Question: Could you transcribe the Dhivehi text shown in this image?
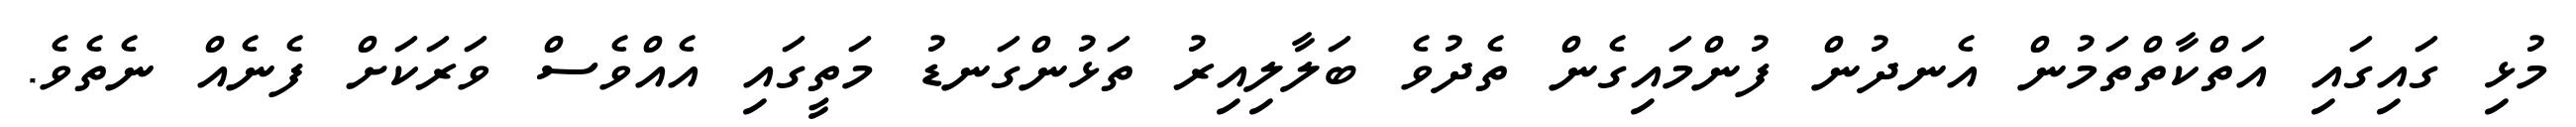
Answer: މުޅި ގައިގައި އަތްކާތްތަމުން އެނދުން ފުންމައިގެން ތެދުވެ ބަލާލިއިރު ތަޅުންގަނޑު މަތީގައި އެއްވެސް ވަރަކަށް ފެނެއް ނެތެވެ.